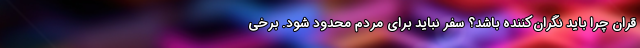
قران چرا باید نگران‌کننده باشد؟ سفر نباید برای مردم محدود شود. برخی